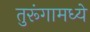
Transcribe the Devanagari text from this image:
तुरूंगामध्ये